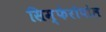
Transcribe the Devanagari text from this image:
सिम्फेरोपोल